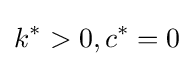
k^{*}>0,c^{*}=0